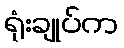
ရုံးချုပ်က